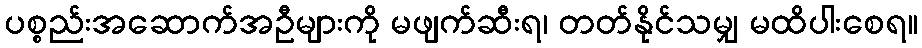
ပစ္စည်းအဆောက်အဦများကို မဖျက်ဆီးရ၊ တတ်နိုင်သမျှ မထိပါးစေရ။